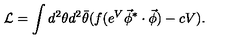
{ \cal L } = \int d ^ { 2 } \theta d ^ { 2 } \bar { \theta } ( f ( e ^ { V } \vec { \phi } ^ { * } \cdot \vec { \phi } ) - c V ) .